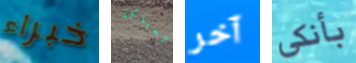
خبراء السباكة آخر بأنكي